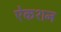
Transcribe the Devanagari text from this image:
ऐकशन